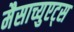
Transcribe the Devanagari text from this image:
मैसाच्युएट्स